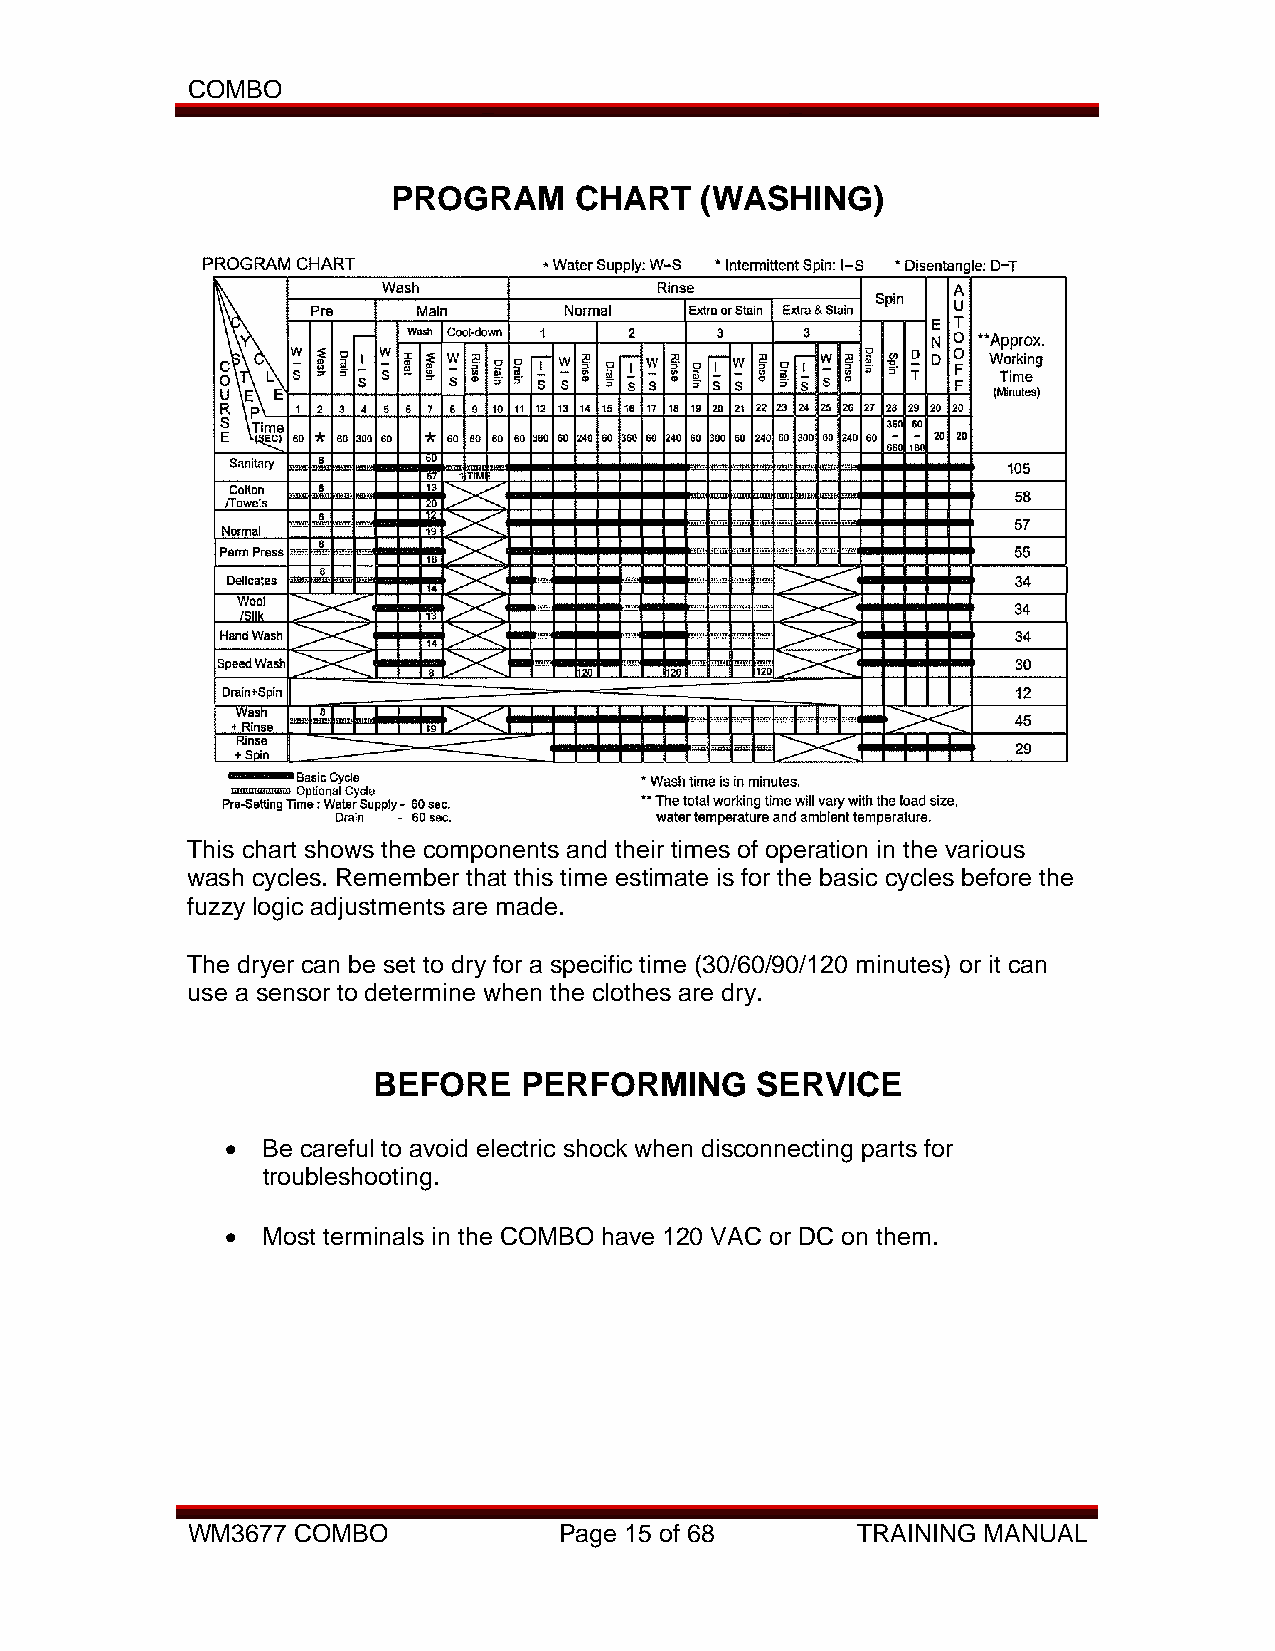
COMBO
 PROGRAM     CHART   (WASHING)
 This chart shows the components and their times of operation in the various
 wash cycles. Remember that this time estimate is for the basic cycles before the
 fuzzy logic adjustments are made.
 The dryer can be set to dry for a specific time (30/60/90/120 minutes) or it can
 use a sensor to determine when the clothes are dry.
 BEFORE   PERFORMING      SERVICE
 • Be careful to avoid electric shock when disconnecting parts for
 troubleshooting.
 • Most terminals in the COMBO have 120 VAC or DC on them.
 WM3677 COMBO             Page 15 of 68       TRAINING MANUAL